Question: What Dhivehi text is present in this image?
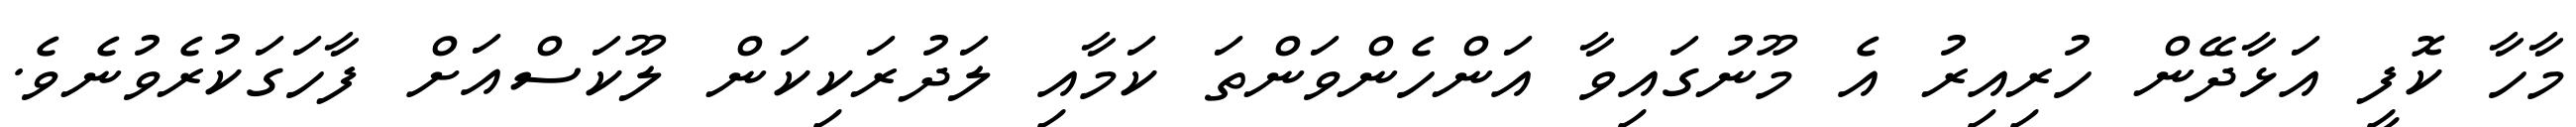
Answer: މާހާ ކޮފީ އަޅާދޭން ހުރިއިރު އެ މޫނުގައިވާ އަންހެންވަންތަ ކަމާއި ލަދުރަކިކަން ލޫކަސްއަށް ފާހަގަކުރެވުނެވެ.